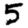
Digit: 5